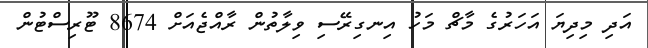
އަދި މިދިޔަ އަހަރުގެ މާޗް މަހު އިނގިރޭސި ވިލާތުން ރާއްޖެއަށް 8674 ޓޫރިސްޓުން